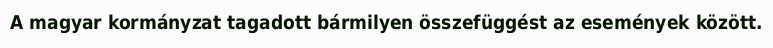
A magyar kormányzat tagadott bármilyen összefüggést az események között.